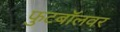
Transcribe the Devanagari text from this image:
फुटबॉलवर